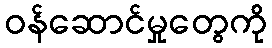
ဝန်ဆောင်မှုတွေကို